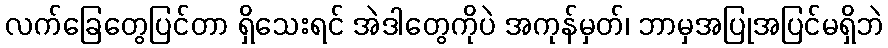
လက်ခြေတွေပြင်တာ ရှိသေးရင် အဲဒါတွေကိုပဲ အကုန်မှတ်၊ ဘာမှအပြုအပြင်မရှိဘဲ